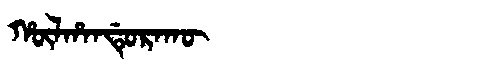
Manchu: ᡥᡡᠯᡥᠠᠨᡩᡠᡵᠠᡴᡡ
Romanization: HŪLHANDURAKŪ